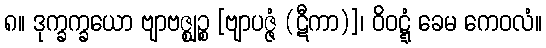
၈။ ဒုက္ခက္ခယော ဗျာဗဇ္ဈဉ္စ [ဗျာပဇ္ဇံ (ဋီကာ)]၊ ဝိဝဋ္ဋံ ခေမ ကေဝလံ။